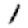
Digit: 1